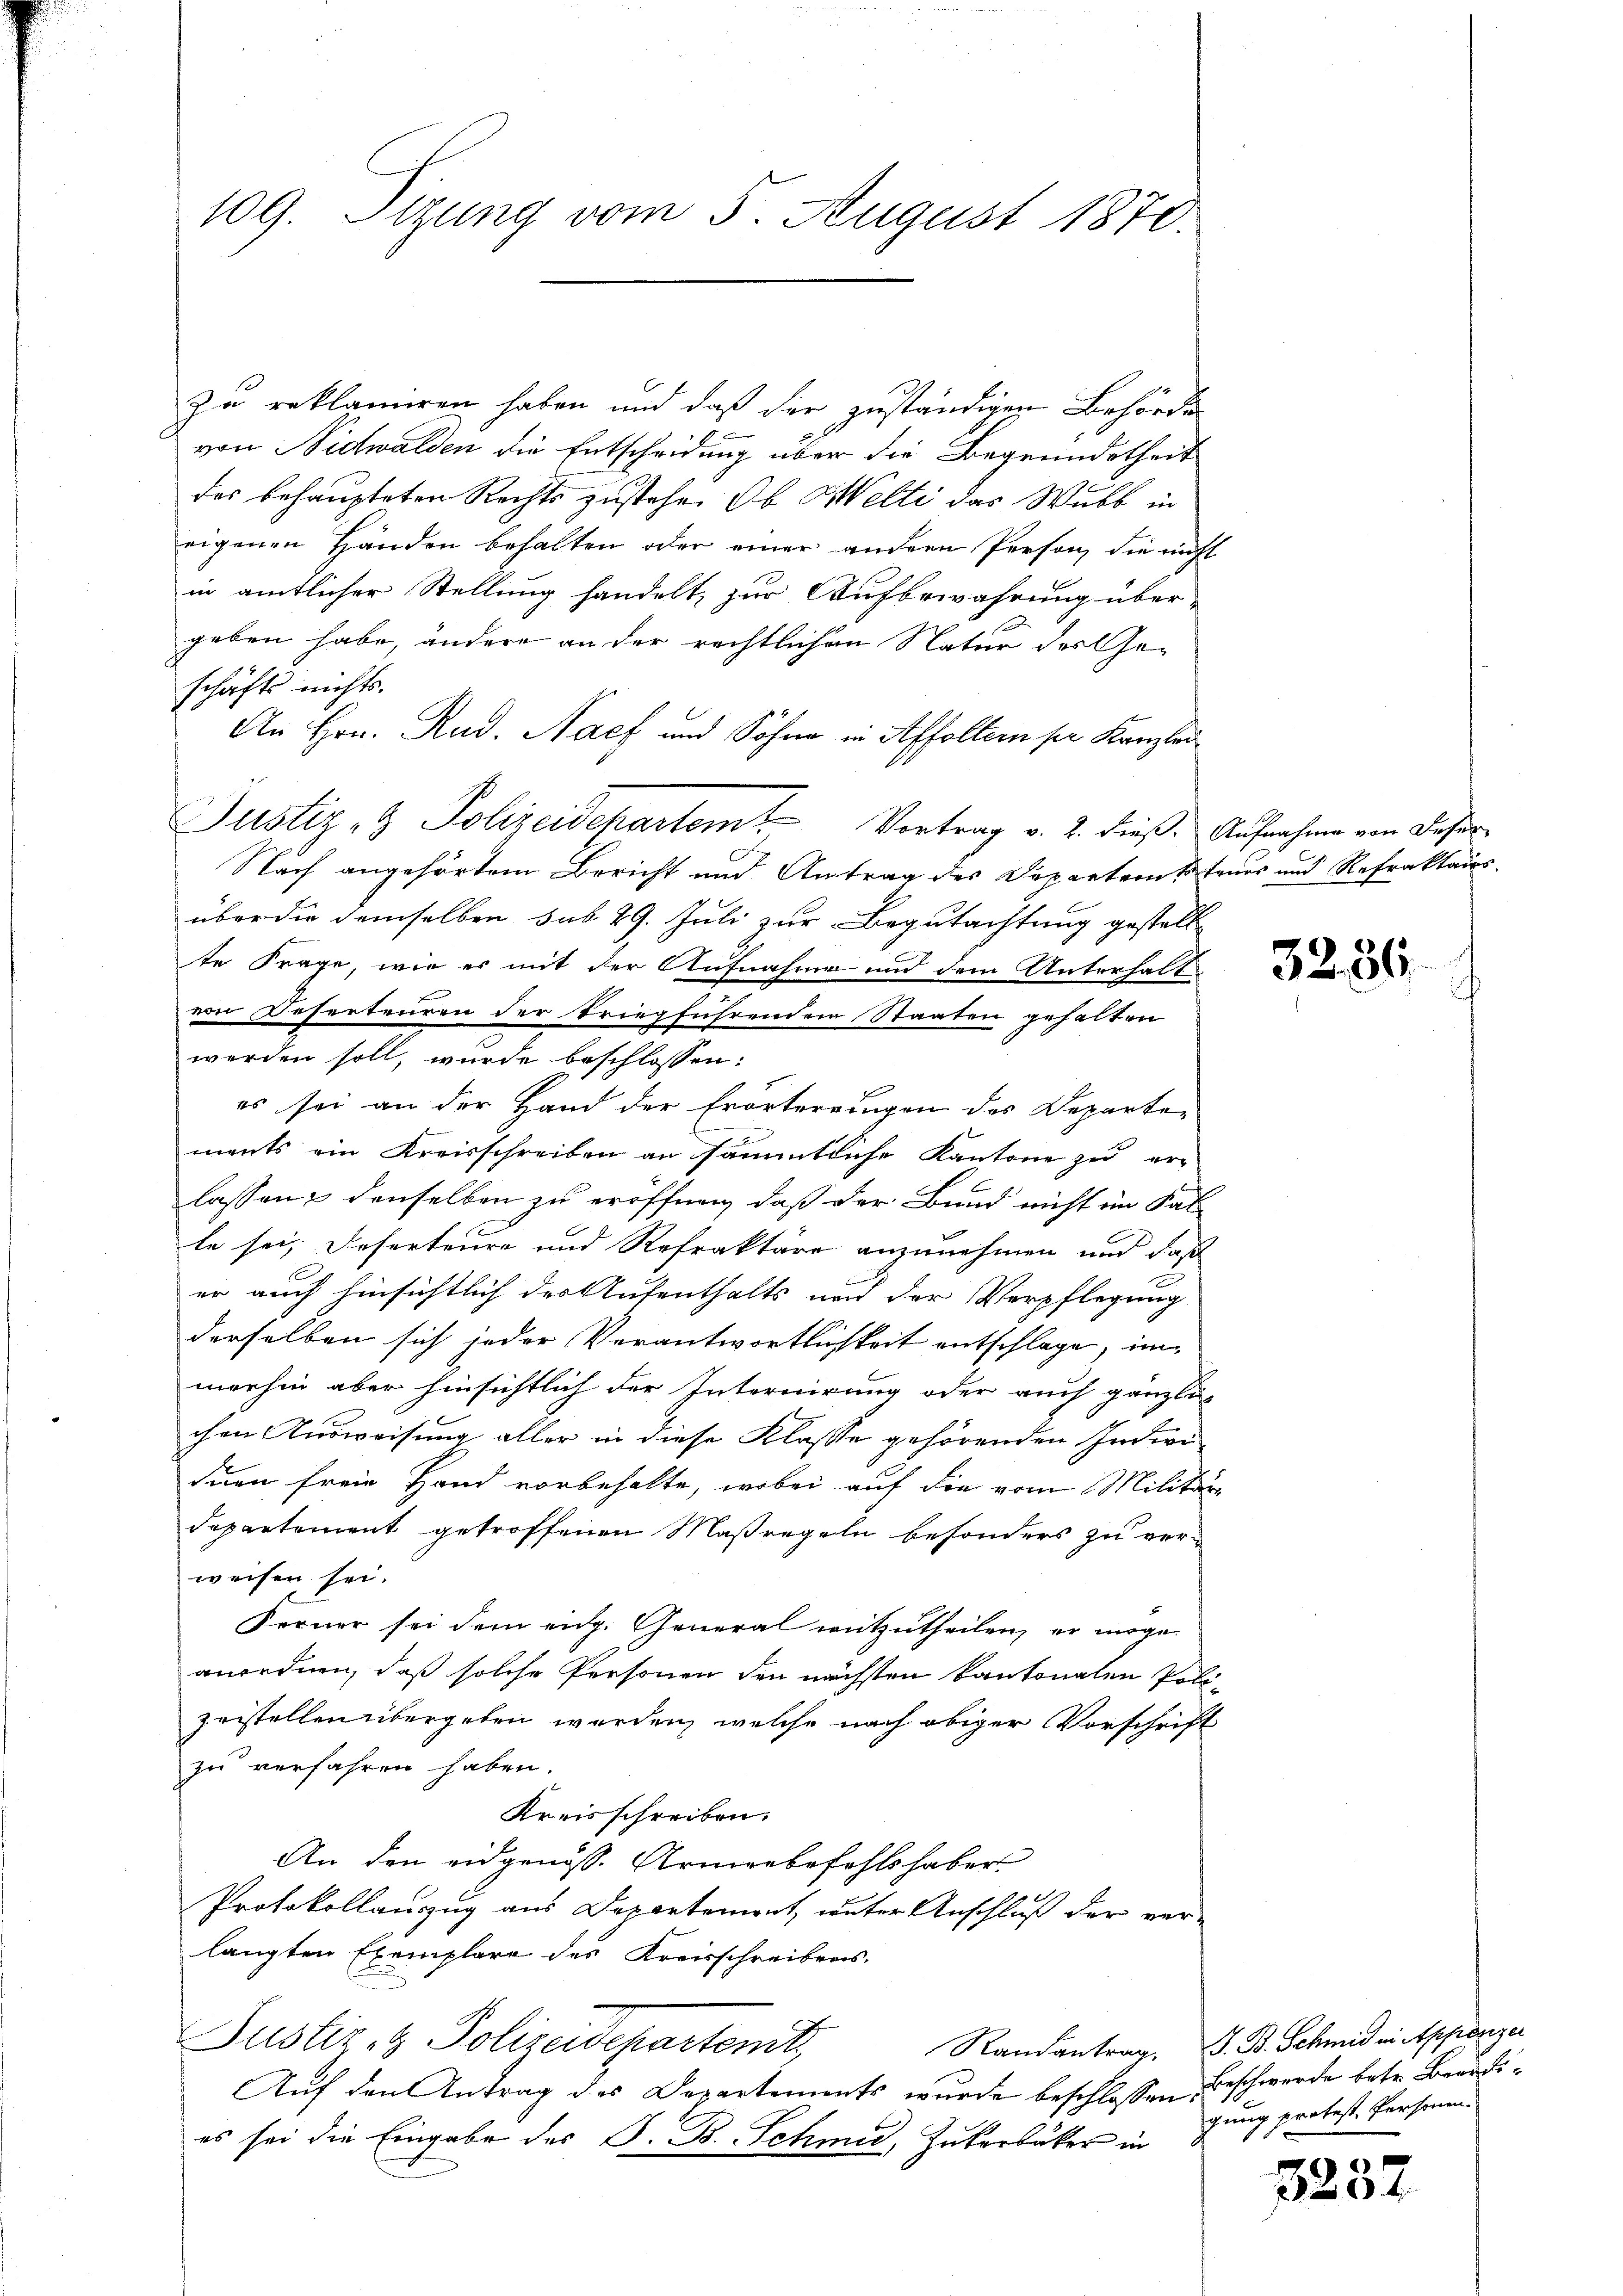
109. Sizung vom 5. August 1870.

zu reklamiren haben und daß der zuständigen Behörde
von Nidwalden die Entscheidung über die Begründetheit
des behaupteten Rechts zustehe. Ob Welti das Wulb in
eigenen Händen behalten oder einer andern Person, die nicht
in amtlicher Stellung handelt, zur Aufbewahrung über-
geben habe, andere an der rechtlichen Natur des Geschäfts nichts.
An Hrn. Rud. Nach und Söhne in Affoltern ser Kanzlei
Justiz- & Polizeidepartem Vortrag v. 2. dieß. Aufnahme von Deser
Nach angehörtem Bericht und Antrag des Departeinsteuer und Refraktaus
über die demselben sub 29. Juli zur Begutachtung gestell
te Frage, wie es mit der Aufnahme und dem Unterhaltvon Reserteuren der kriegführendem Staaten gehalten
werden soll, wurde beschlossen:
es sei an der Hand der Erörterringen des Departements ein Kreisschreiben an sämmtliche Kantone zu er-
lassen & denselben zu eröffnen, daß der Bund nicht im Sal-
le sei. Deserteure und Refraktäre anzunehmen und daß
er auch hinsichtlich des Aufenthalts und der Verpflegung
derselben sich jeder Verantwortlichkeit entschlage, immerhin aber hinsichtlich der Internirung oder auch gänzli-
chen Ausweisung aller in diese Klasse gehörenden Indivi-
duen freie Hand vorbehalte, wobei auf die vom Militär-
departement getroffenen Maßregeln besonders zu verweisen sei.
Ferner sei dem eidg. General mitzutheilen, er möge
anordnen, daß solche Personen den nächsten kantonalen Polizeistellen übergeben werden, welche nach obiger Vorschrift
zu verfahren haben.
Kreisschreiben.
An den eidgenöss. Armeebefehlshaber
Protokollauzug aus Departement, unter Anschluß der ver-
langten Exemplare des Kreisschreibens.
Justiz- & Polizeidepartent,
Auf den Antrag des Departements wurde beschlossen:
es sei die Eingabe des S. B. Schmid, Zukerbäcker in

3286

Randantrag. S. B. Schmid in Appenzer
Beschwerde betr. Beredigung protest. Personen.

3237